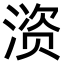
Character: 𫞚